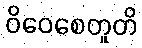
ဝိဝေစေတူတိ